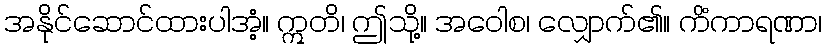
အနိုင်ဆောင်ထားပါအံ့။ ဣတိ၊ ဤသို့။ အဝေါစ၊ လျှောက်၏။ ကိံကာရဏာ၊